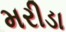
મરીડા